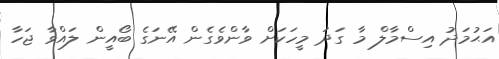
އަޙުމަދު އިސްމާލް މާ ގަދަ މީހަކަށް ވާންވެގެން އޭނަގެ ބޯއީން ލައްވާ ޖަހާ